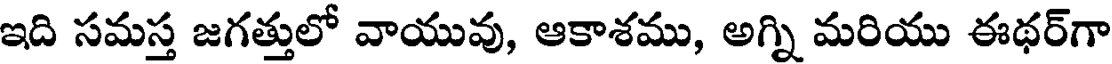
ఇది సమస్త జగత్తులో వాయువు, ఆకాశము, అగ్ని మరియు ఈథర్గా